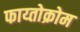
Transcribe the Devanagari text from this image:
फाय्तोक्रोम